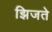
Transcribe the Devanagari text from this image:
झिजते